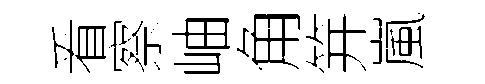
㸔察岫角笄嵐